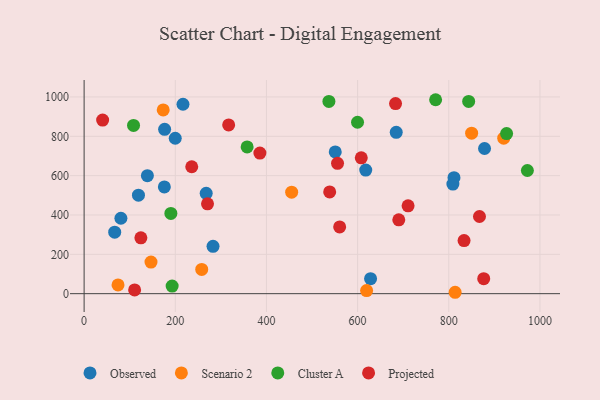
{"axis": {"x": "Ad Spend", "y": "Fuel Efficiency"}, "legend": ["Cluster A", "Observed", "Projected", "Scenario 2"], "data": [{"x": "550.9", "y": 720.7, "type": "Observed"}, {"x": "878.4", "y": 737.9, "type": "Observed"}, {"x": "176.0", "y": 542.4, "type": "Observed"}, {"x": "67.1", "y": 312.4, "type": "Observed"}, {"x": "684.7", "y": 820.0, "type": "Observed"}, {"x": "811.4", "y": 589.8, "type": "Observed"}, {"x": "267.8", "y": 510.0, "type": "Observed"}, {"x": "809.0", "y": 557.2, "type": "Observed"}, {"x": "138.8", "y": 599.6, "type": "Observed"}, {"x": "80.7", "y": 383.3, "type": "Observed"}, {"x": "119.2", "y": 500.7, "type": "Observed"}, {"x": "628.4", "y": 76.0, "type": "Observed"}, {"x": "216.9", "y": 962.9, "type": "Observed"}, {"x": "199.9", "y": 790.1, "type": "Observed"}, {"x": "282.8", "y": 240.7, "type": "Observed"}, {"x": "617.8", "y": 628.5, "type": "Observed"}, {"x": "176.6", "y": 835.5, "type": "Observed"}, {"x": "619.7", "y": 15.5, "type": "Scenario 2"}, {"x": "146.7", "y": 160.5, "type": "Scenario 2"}, {"x": "258.0", "y": 123.1, "type": "Scenario 2"}, {"x": "173.5", "y": 934.2, "type": "Scenario 2"}, {"x": "74.4", "y": 44.7, "type": "Scenario 2"}, {"x": "920.5", "y": 790.3, "type": "Scenario 2"}, {"x": "850.1", "y": 815.8, "type": "Scenario 2"}, {"x": "813.9", "y": 7.1, "type": "Scenario 2"}, {"x": "455.3", "y": 516.0, "type": "Scenario 2"}, {"x": "537.0", "y": 977.4, "type": "Cluster A"}, {"x": "771.1", "y": 985.9, "type": "Cluster A"}, {"x": "193.1", "y": 38.7, "type": "Cluster A"}, {"x": "599.8", "y": 871.3, "type": "Cluster A"}, {"x": "108.4", "y": 855.5, "type": "Cluster A"}, {"x": "843.6", "y": 977.3, "type": "Cluster A"}, {"x": "190.3", "y": 407.9, "type": "Cluster A"}, {"x": "926.8", "y": 814.0, "type": "Cluster A"}, {"x": "972.4", "y": 626.2, "type": "Cluster A"}, {"x": "357.6", "y": 746.2, "type": "Cluster A"}, {"x": "876.6", "y": 76.4, "type": "Projected"}, {"x": "110.8", "y": 18.8, "type": "Projected"}, {"x": "317.1", "y": 857.8, "type": "Projected"}, {"x": "608.0", "y": 690.4, "type": "Projected"}, {"x": "538.7", "y": 517.4, "type": "Projected"}, {"x": "236.1", "y": 645.1, "type": "Projected"}, {"x": "124.5", "y": 283.7, "type": "Projected"}, {"x": "40.6", "y": 882.7, "type": "Projected"}, {"x": "560.6", "y": 339.2, "type": "Projected"}, {"x": "385.6", "y": 714.7, "type": "Projected"}, {"x": "833.5", "y": 269.8, "type": "Projected"}, {"x": "867.3", "y": 392.2, "type": "Projected"}, {"x": "710.7", "y": 446.4, "type": "Projected"}, {"x": "683.2", "y": 966.4, "type": "Projected"}, {"x": "555.9", "y": 662.8, "type": "Projected"}, {"x": "270.7", "y": 456.8, "type": "Projected"}, {"x": "690.3", "y": 375.2, "type": "Projected"}]}